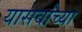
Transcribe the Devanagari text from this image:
यासर्वांच्या